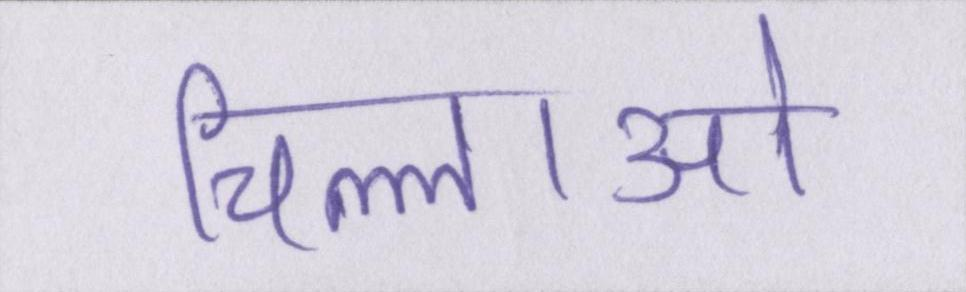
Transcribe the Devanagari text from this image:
चिल्लाओ